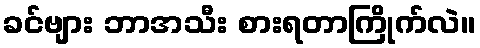
ခင်ဗျား ဘာအသီး စားရတာကြိုက်လဲ။